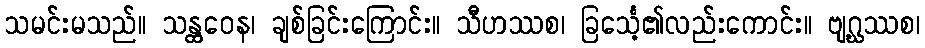
သမင်းမသည်။ သန္ထဝေန၊ ချစ်ခြင်းကြောင်း။ သီဟဿစ၊ ခြင်္သေ့၏လည်းကောင်း။ ဗျဂ္ဃဿစ၊